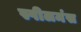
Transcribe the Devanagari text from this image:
स्पीलमंस